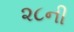
૨૮ની